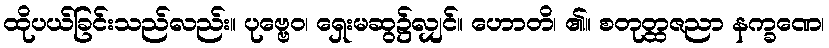
ထိုပယ်ခြင်းသည်လည်း။ ပုဗ္ဗေဝ၊ ရှေးမဆွ၌လျှင်။ ဟောတိ၊ ၏။ စတုတ္ထဇညာ နက္ခဏေ၊